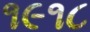
૧૯૧૮